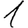
Digit: 1